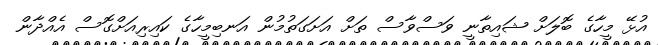
އުޅޭ މީހާގެ ބޮލަށް ޝައިތާނީ ވަސްވާސް ތަށް އަށަގަތުމުން އަނބިމީހާގެ ކައިރިއަށްގޮސް އެއްދާން